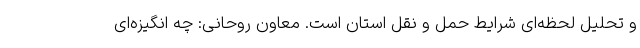
و تحلیل لحظه‌ای شرایط حمل و نقل استان است. معاون روحانی: چه انگیزه‌ای